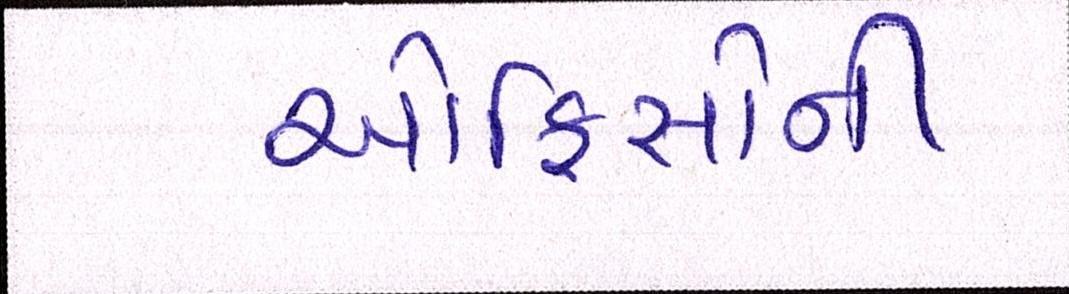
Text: ઓફિસોની